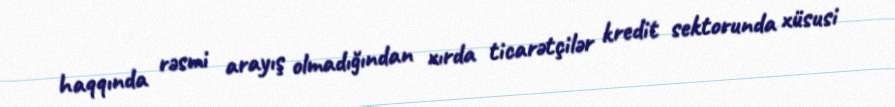
haqqında rəsmi arayış olmadığından xırda ticarətçilər kredit sektorunda xüsusi